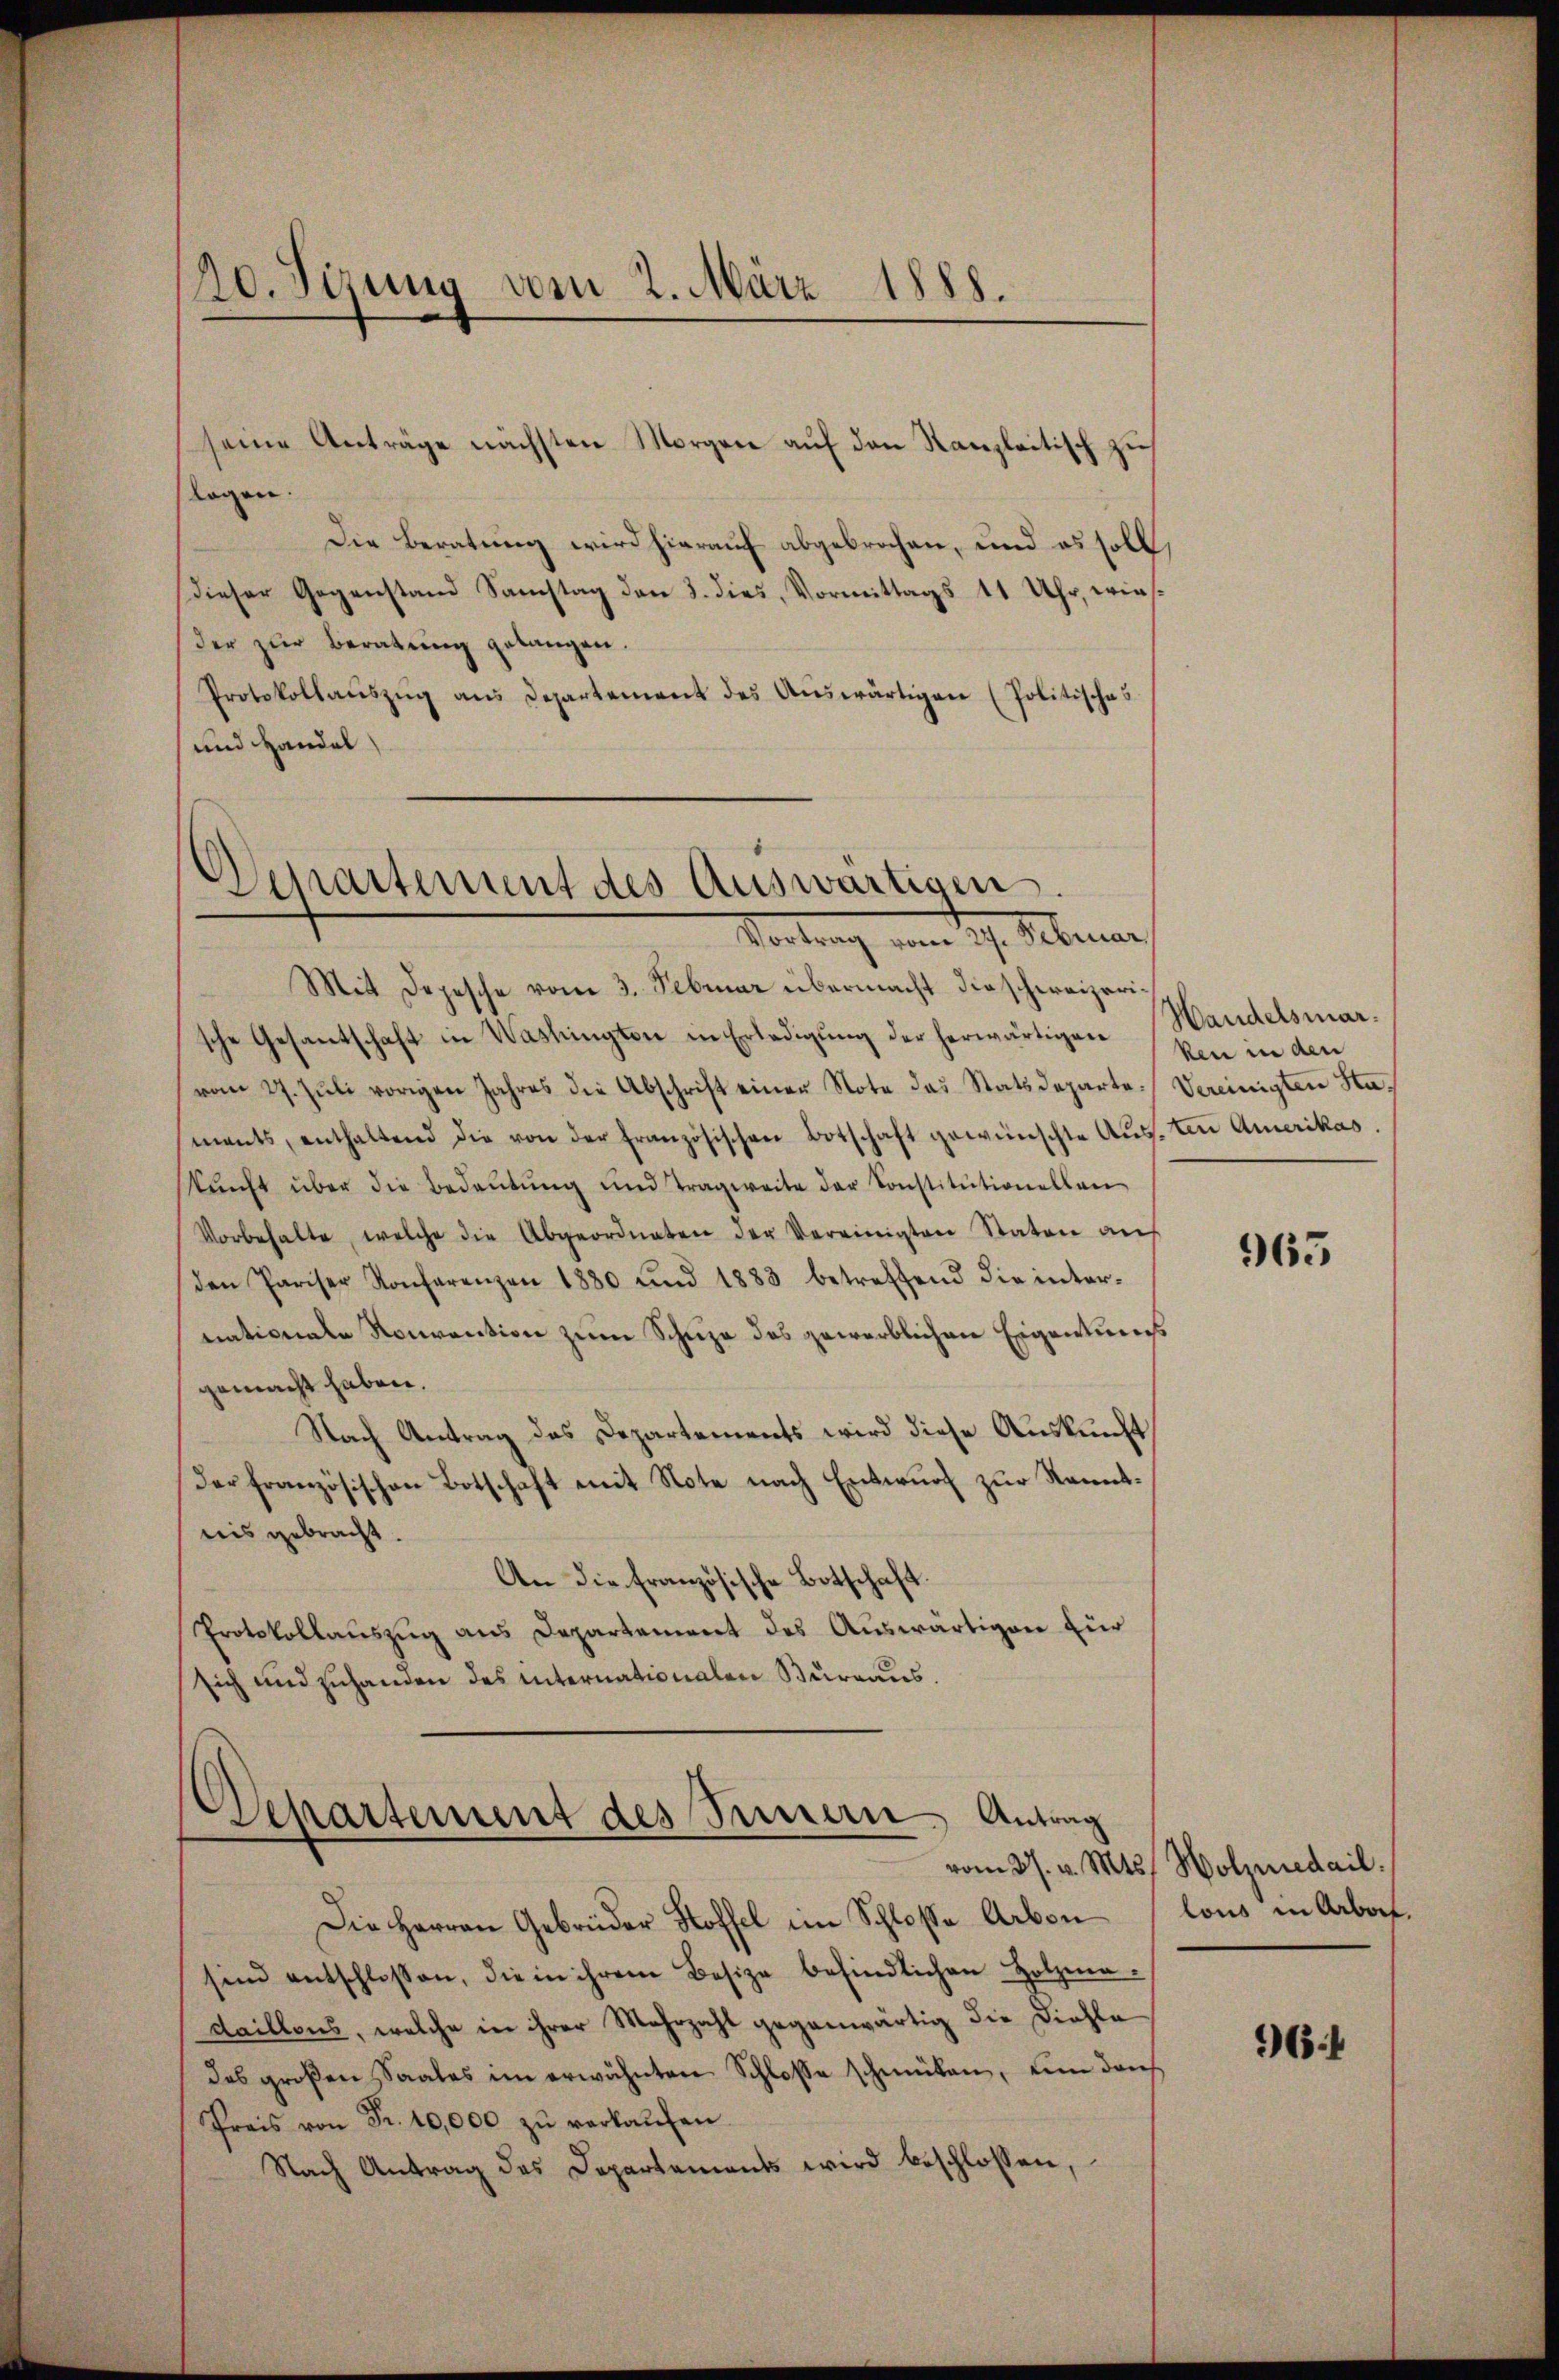
/20. Sizung vom 2. März 1888.

seine Anträge nächsten Morgen aŭf den Kanzleitisch zŭ
logen.
Die Beratung wird hierauf abgebrochen, und es soll,
Dieser Gegenstand Samstag den 3. dies, Vormittags 11 Uhr, wies
der zur Beratung gelangen.
Protokollaŭszŭg ans Departement des Aŭswärtigen (Politisches
und Handel

Departement des Auswärtigen.
Vortrag vom 17. Februar

Departement des Seinern Antrag

Mit Depesche vom 3. Februar übermacht die schweizerische Gesantschaft in Washingten in Erledigung der herwärtigen Handelsmarvom 27. Jŭli vorigen Jahres die Abschrift einer Note das Statsdeparte Vereinigten Haments, enthaltend die von der französischen Botschaft gewünschte Aŭsten Amerikas,
kŭnft über die Bedeutung und Tragweite der Sonstitutionellen
Vorbehalte, welche die Abgeordneten der Vereinigten Staten aŭs
den Pariser Konferenzen 1880 und 1883 betreffend die inter-
nationale Konvention zum Schuze des gewerblichen Eigentungs
gemacht haben.
Nach Antrag des Departements wird diese Auskunft
der französischen Botschaft mit Note nach Entwŭrf zur Kenntnis gebracht.
An die französische Botschaft
Protokollauszug aus Departement des Auswärtigen für
sich und zuhanden des internationalen Burraus.

Die Herren Gebrüder Hoffel im Schloße Arben
sind entschlossen, die in ihrem Besitze befindlichen Holzma-
daillons, welche in ihrer Mehrzahl gegenwärtig die Diehle
des großen Saales im erwähnten Schloße schmüten, um dans
Preis von Fr. 10,000 zŭ verkaŭfen.
Nach Antrag des Departements wird beschlossen,

ken in den

965

vom 27. v. Mts. Holzmedail.
lous in Arbeit

964